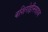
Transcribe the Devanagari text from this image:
बशिरोद्दीनसाहब